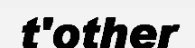
t'other